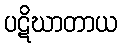
ပဋိဃာတာယ